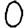
Digit: 0